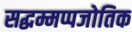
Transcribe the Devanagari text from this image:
सद्धम्मप्पजोतिक